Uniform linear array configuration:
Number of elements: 24
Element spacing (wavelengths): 0.5
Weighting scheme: hamming
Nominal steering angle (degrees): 0
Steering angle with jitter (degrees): -1.289
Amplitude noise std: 0.05
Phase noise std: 0.05

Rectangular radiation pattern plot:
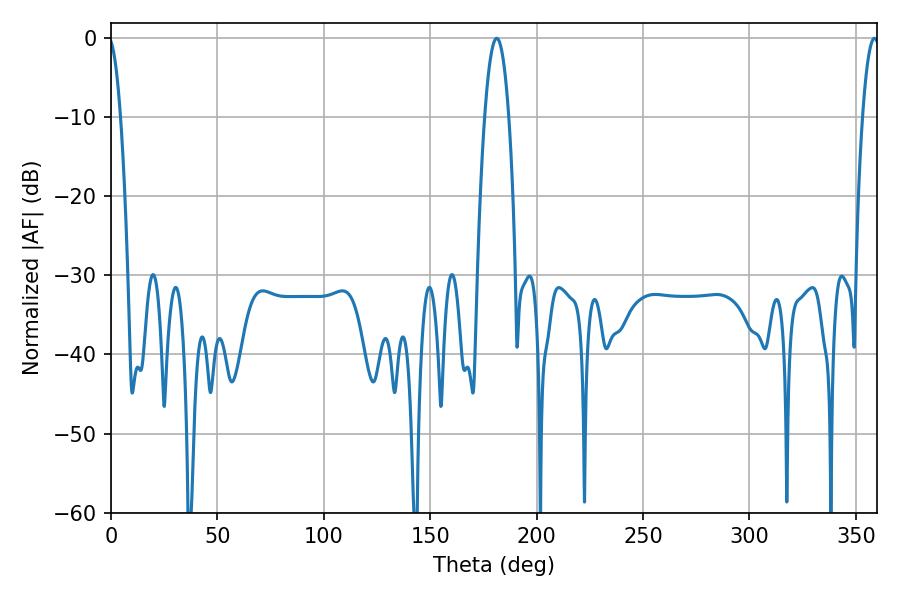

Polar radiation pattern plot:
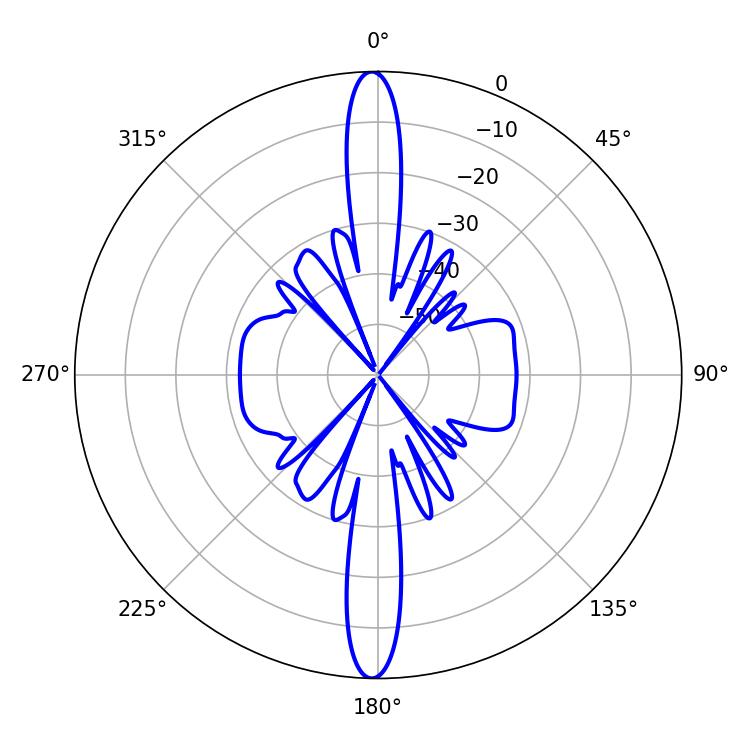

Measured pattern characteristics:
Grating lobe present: FALSE
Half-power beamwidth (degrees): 6.12
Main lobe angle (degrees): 181.26